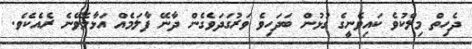
ދެހިތް މިލްކުވެ ކައިވެނީގެ ގުޅުން ބަދަހިވެ ވަރުގަދަވެގެން ދާނޭ ފާލަމެއް އަޅާލެވޭނެ ރެއެކެވެ.